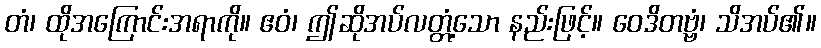
တံ၊ ထိုအကြောင်းအရာကို။ ဧဝံ၊ ဤဆိုအပ်လတ္တံ့သော နည်းဖြင့်။ ဝေဒိတဗ္ဗံ၊ သိအပ်၏။